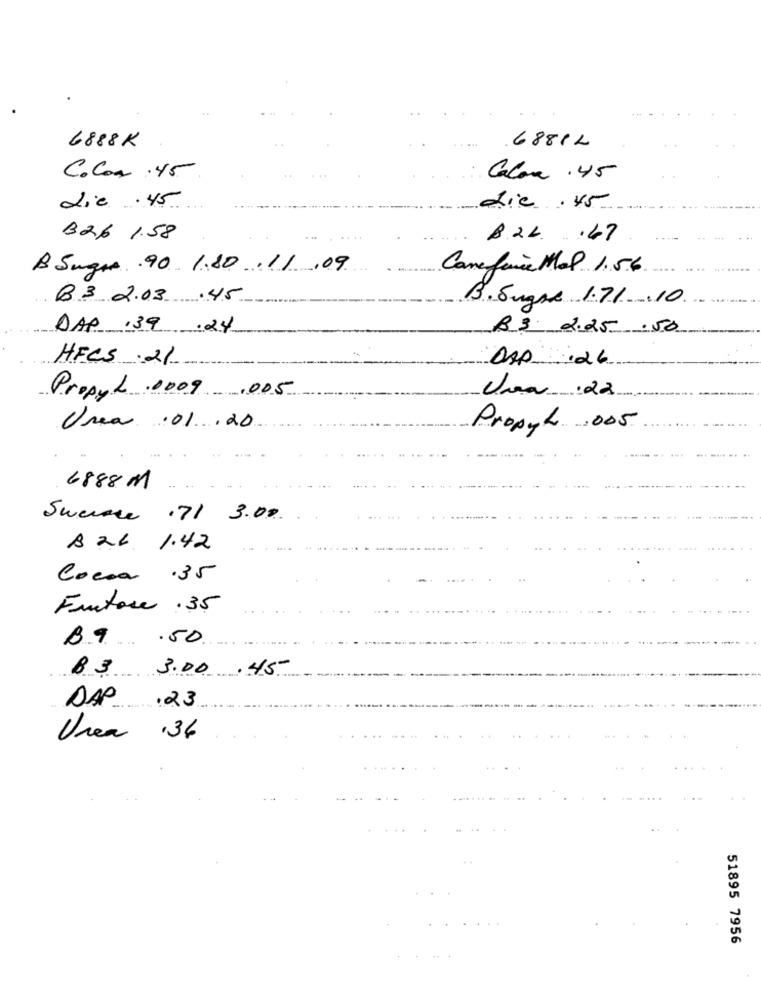
6881 2
6888K
CoCon .45
Calor .45
die .. 45
die .45
B26 1.58
B.2 L. . . 67
B Sugna .90 1.80 .11.09
Come fare Mal. 1.56
B3 2.03 .45
B. Sugas 1.71 10
DAP .39 .24
R$ 2.25 .50
HFCS .21
DAD :26
Propyl .0009 ,005
Una .01.20
Proxyt .005
6888 M
Swerace .71 3.00
B26 1.42
Cocoa .35
Fautore .35
B.9 .50.
83 3.00
.45
DAP
.23
Urea .36
51895 7956